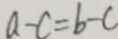
a - c = b - c